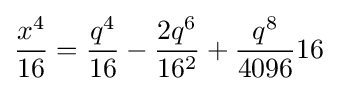
{\frac {x^{4}}{16}}={{\frac {q^{4}}{16}}-{\frac {2q^{6}}{16^{2}}}+{\frac {q^{8}}{4096}}}{16}